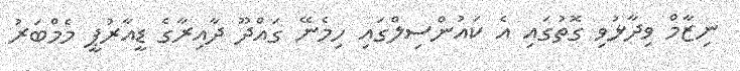
ނިޒާމް ވިދާޅުވި ގޮތުގައި އެ ކައުންސިލްގައި ހިމެނޭ ގައްދޫ ދާއިރާގެ ޑީއާރުޕީ މެމްބަރު